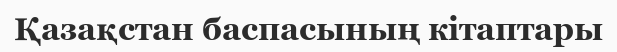
Қазақстан баспасының кітаптары